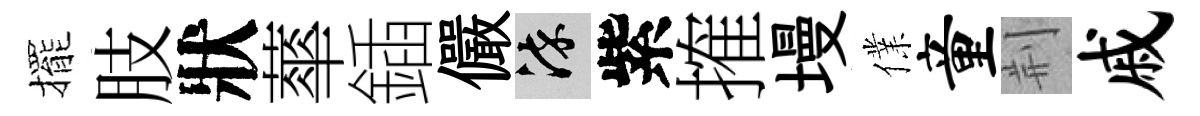
擺肢狀蕐鍤儼染紫搉墁㒒童荆戚